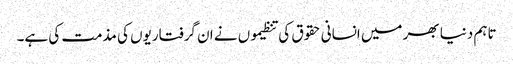
تاہم دنیا بھر میں انسانی حقوق کی تنظیموں نے ان گرفتاریوں کی مذمت کی ہے۔